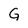
Character: G